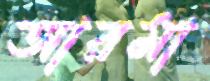
আরমা